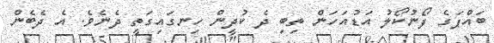
ބައްޕަގެ ފޯނުކޯލު އަޑުއަހަން ތިބި ދެ ކުދީން ހިނގައިގަތީ ދެނެވެ. އެ ދެބެން